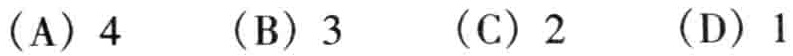
(A) 4  (B) 3  (C) 2  (D) 1